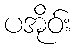
ပအိုဝ်း